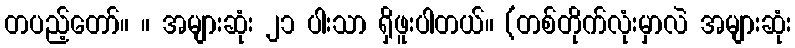
တပည့်တော်။ ။ အများဆုံး ၂၁ ပါးသာ ရှိဖူးပါတယ်။ (တစ်တိုက်လုံးမှာလဲ အများဆုံး